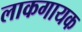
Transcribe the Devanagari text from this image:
लाकगायक